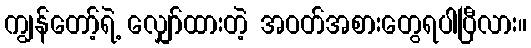
ကျွန်တော့်ရဲ့ လျှော်ထားတဲ့ အဝတ်အစားတွေရပါပြီလား။